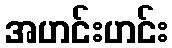
အဟင်းဟင်း